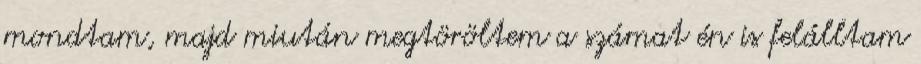
mondtam, majd miután megtöröltem a számat én is felálltam